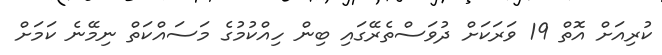
ކުރިއަށް އޮތް 19 ވަރަކަށް ދުވަސްތެރޭގައި ބިން ހިއްކުމުގެ މަސައްކަތް ނިމޭނެ ކަމަށް